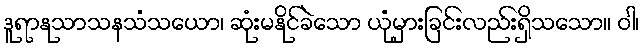
ဒူရာနုသာသနသံသယော၊ ဆုံးမနိုင်ခဲသော ယုံမှားခြင်းလည်းရှိသသော။ ဝါ၊